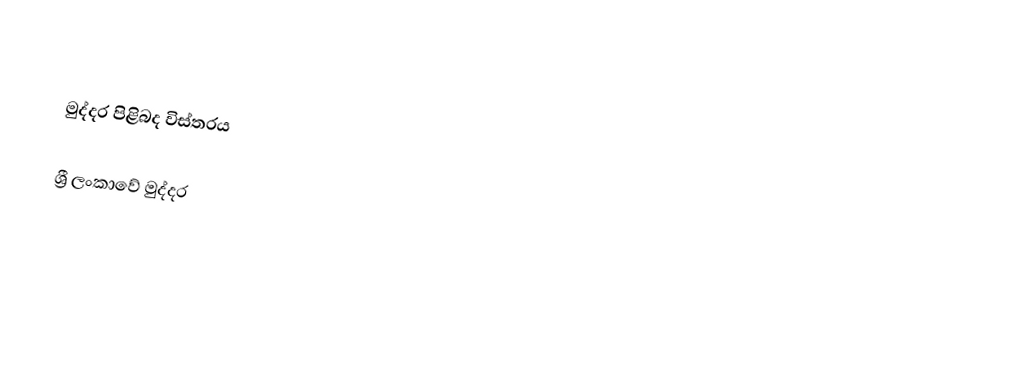

මුද්දර පිළිබද විස්තරය

ශ්‍රී ලංකාවේ මුද්දර